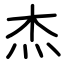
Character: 杰